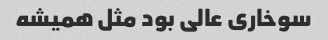
سوخاری عالی بود مثل همیشه